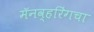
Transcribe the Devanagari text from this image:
मॅनव्हरिंगचा